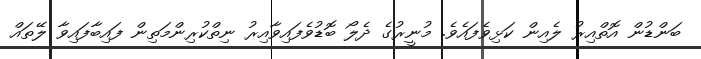
ބަންޑުން އޮތްއިރު ލެއިން ކަޅިވެފައެވެ. މުނީރުގެ ދެލޯ ބޮޑުވެފައިވާއިރު ނިތްކުރިންމަތިން ފައިބާފައިވާ ލޭތައް